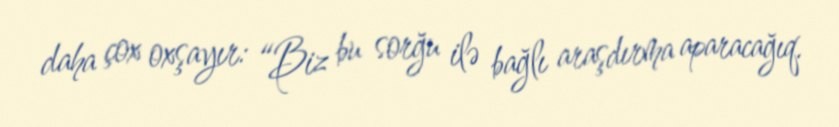
daha çox oxşayır: “Biz bu sorğu ilə bağlı araşdırma aparacağıq.